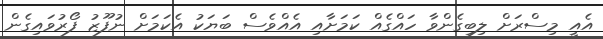
އެއީ މިސްރަށް ލިބިގެންވާ ހައްގެއް ކަމަށާއި އެއްވެސް ބަޔަކު އެކަމަށް ނުފޫޒު ފޯރުވައިގެން